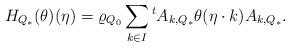
LaTeX: \begin{align*}{H_{Q_*}}(\theta)(\eta)=\varrho_{Q_0}\sum_{k\in I}{}^tA_{k,Q_*} \theta(\eta\cdot k)A_{k,Q_*}.\end{align*}